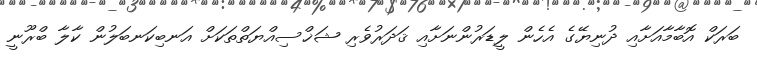
ބަރަކް އޮބާމާއަށާއި ދުނިޔޭގެ އެހެން ލީޑަރުންނަށާއި ޤަދަރުވެރި ޝަޚްސިއްޔަތްތަކަށް އަނބިކަނބަލުން ކާލާ ބްރޫނީ